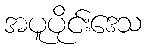
အပူပိုင်းဒေသ